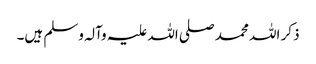
ذکر اللہ محمد صلی اللہ علیہ وآلہ وسلم ہیں۔